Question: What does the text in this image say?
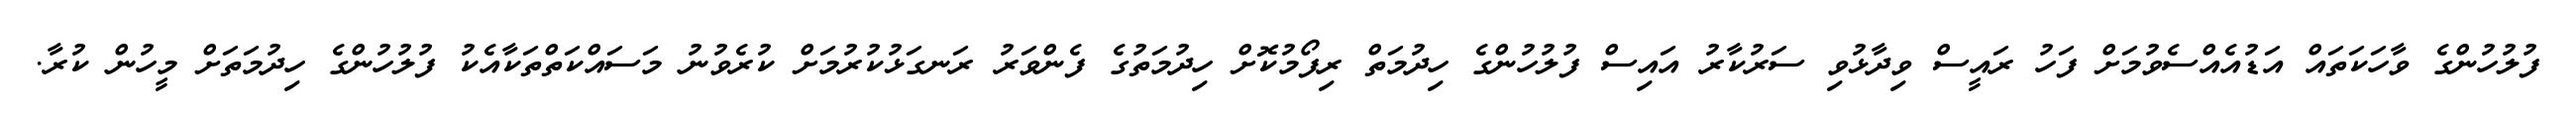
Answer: ފުލުހުންގެ ވާހަކަތައް އަޑުއެއްސެވުމަށް ފަހު ރައީސް ވިދާޅުވި ސަރުކާރު އައިސް ފުލުހުންގެ ހިދުމަތް ރިފޯމުކޮށް ހިދުމަތުގެ ފެންވަރު ރަނގަޅުކުރުމަށް ކުރެވުނު މަސައްކަތްތަކާއެކު ފުލުހުންގެ ހިދުމަތަށް މީހުން ކުރާ.